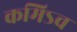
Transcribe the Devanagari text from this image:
कमिऽच